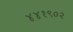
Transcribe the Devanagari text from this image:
४४१९०२